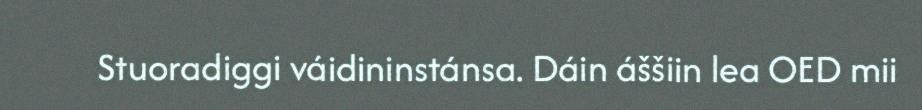
Stuoradiggi váidininstánsa. Dáin áššiin lea OED mii